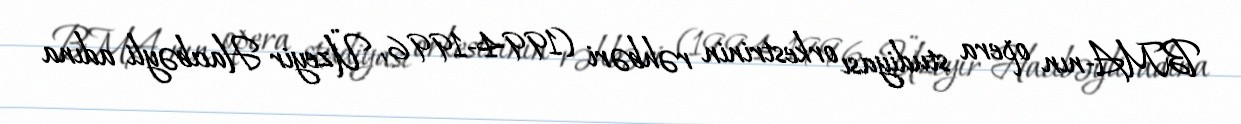
BMA-nın opera studiyası orkestrinin rəhbəri (1994-1996, Üzeyir Hacıbəyli adına